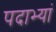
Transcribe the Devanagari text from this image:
पदाभ्यां